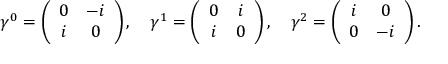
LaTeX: \gamma ^ { 0 } = \left( \begin{array} { c c } { { 0 } } & { { { - i } } } \\ { { i } } & { { { 0 } } } \end{array} \right) , \quad \gamma ^ { 1 } = \left( \begin{array} { c c } { { 0 } } & { { { i } } } \\ { { i } } & { { { 0 } } } \end{array} \right) , \quad \gamma ^ { 2 } = \left( \begin{array} { c c } { { i } } & { { { 0 } } } \\ { { 0 } } & { { { - i } } } \end{array} \right) .